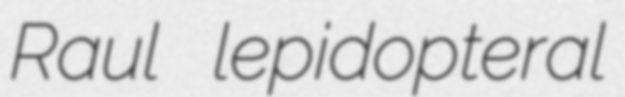
Raul lepidopteral